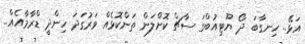
އަޅޭ.. ހިނގާބަ ދޯ ޔޫޓިއުބްގަ ސާޗް ކޮށްލަން ތަންކޮޅެއް ވަރުގަދަ ހިންދީ ޑްރާމާއެއް..